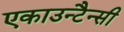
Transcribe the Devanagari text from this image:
एकाउन्टैन्सी